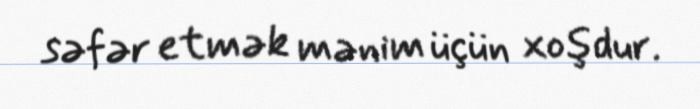
səfər etmək mənim üçün xoşdur.